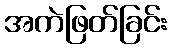
အကဲဖြတ်ခြင်း